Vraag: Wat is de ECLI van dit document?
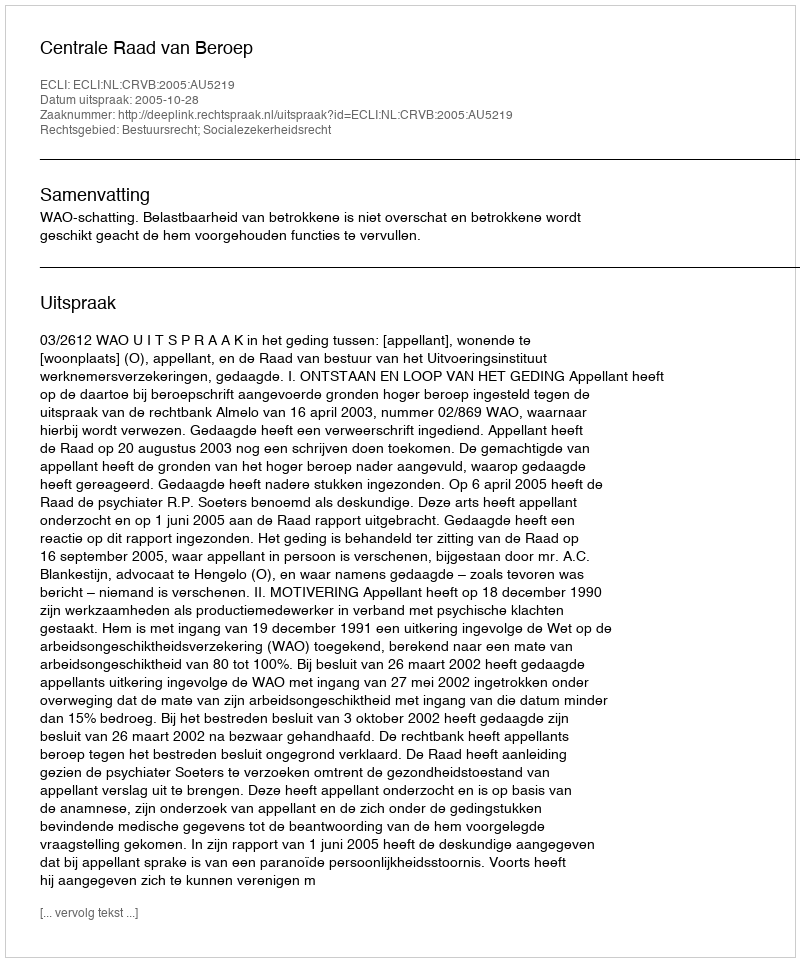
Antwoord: ECLI:NL:CRVB:2005:AU5219